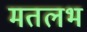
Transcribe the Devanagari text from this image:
मतलभ